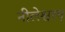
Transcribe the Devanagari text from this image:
नीलेश्वरम्